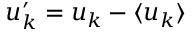
u _ { k } ^ { \prime } = u _ { k } - \langle u _ { k } \rangle